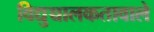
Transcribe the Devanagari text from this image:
विद्युच्चालकतावाले